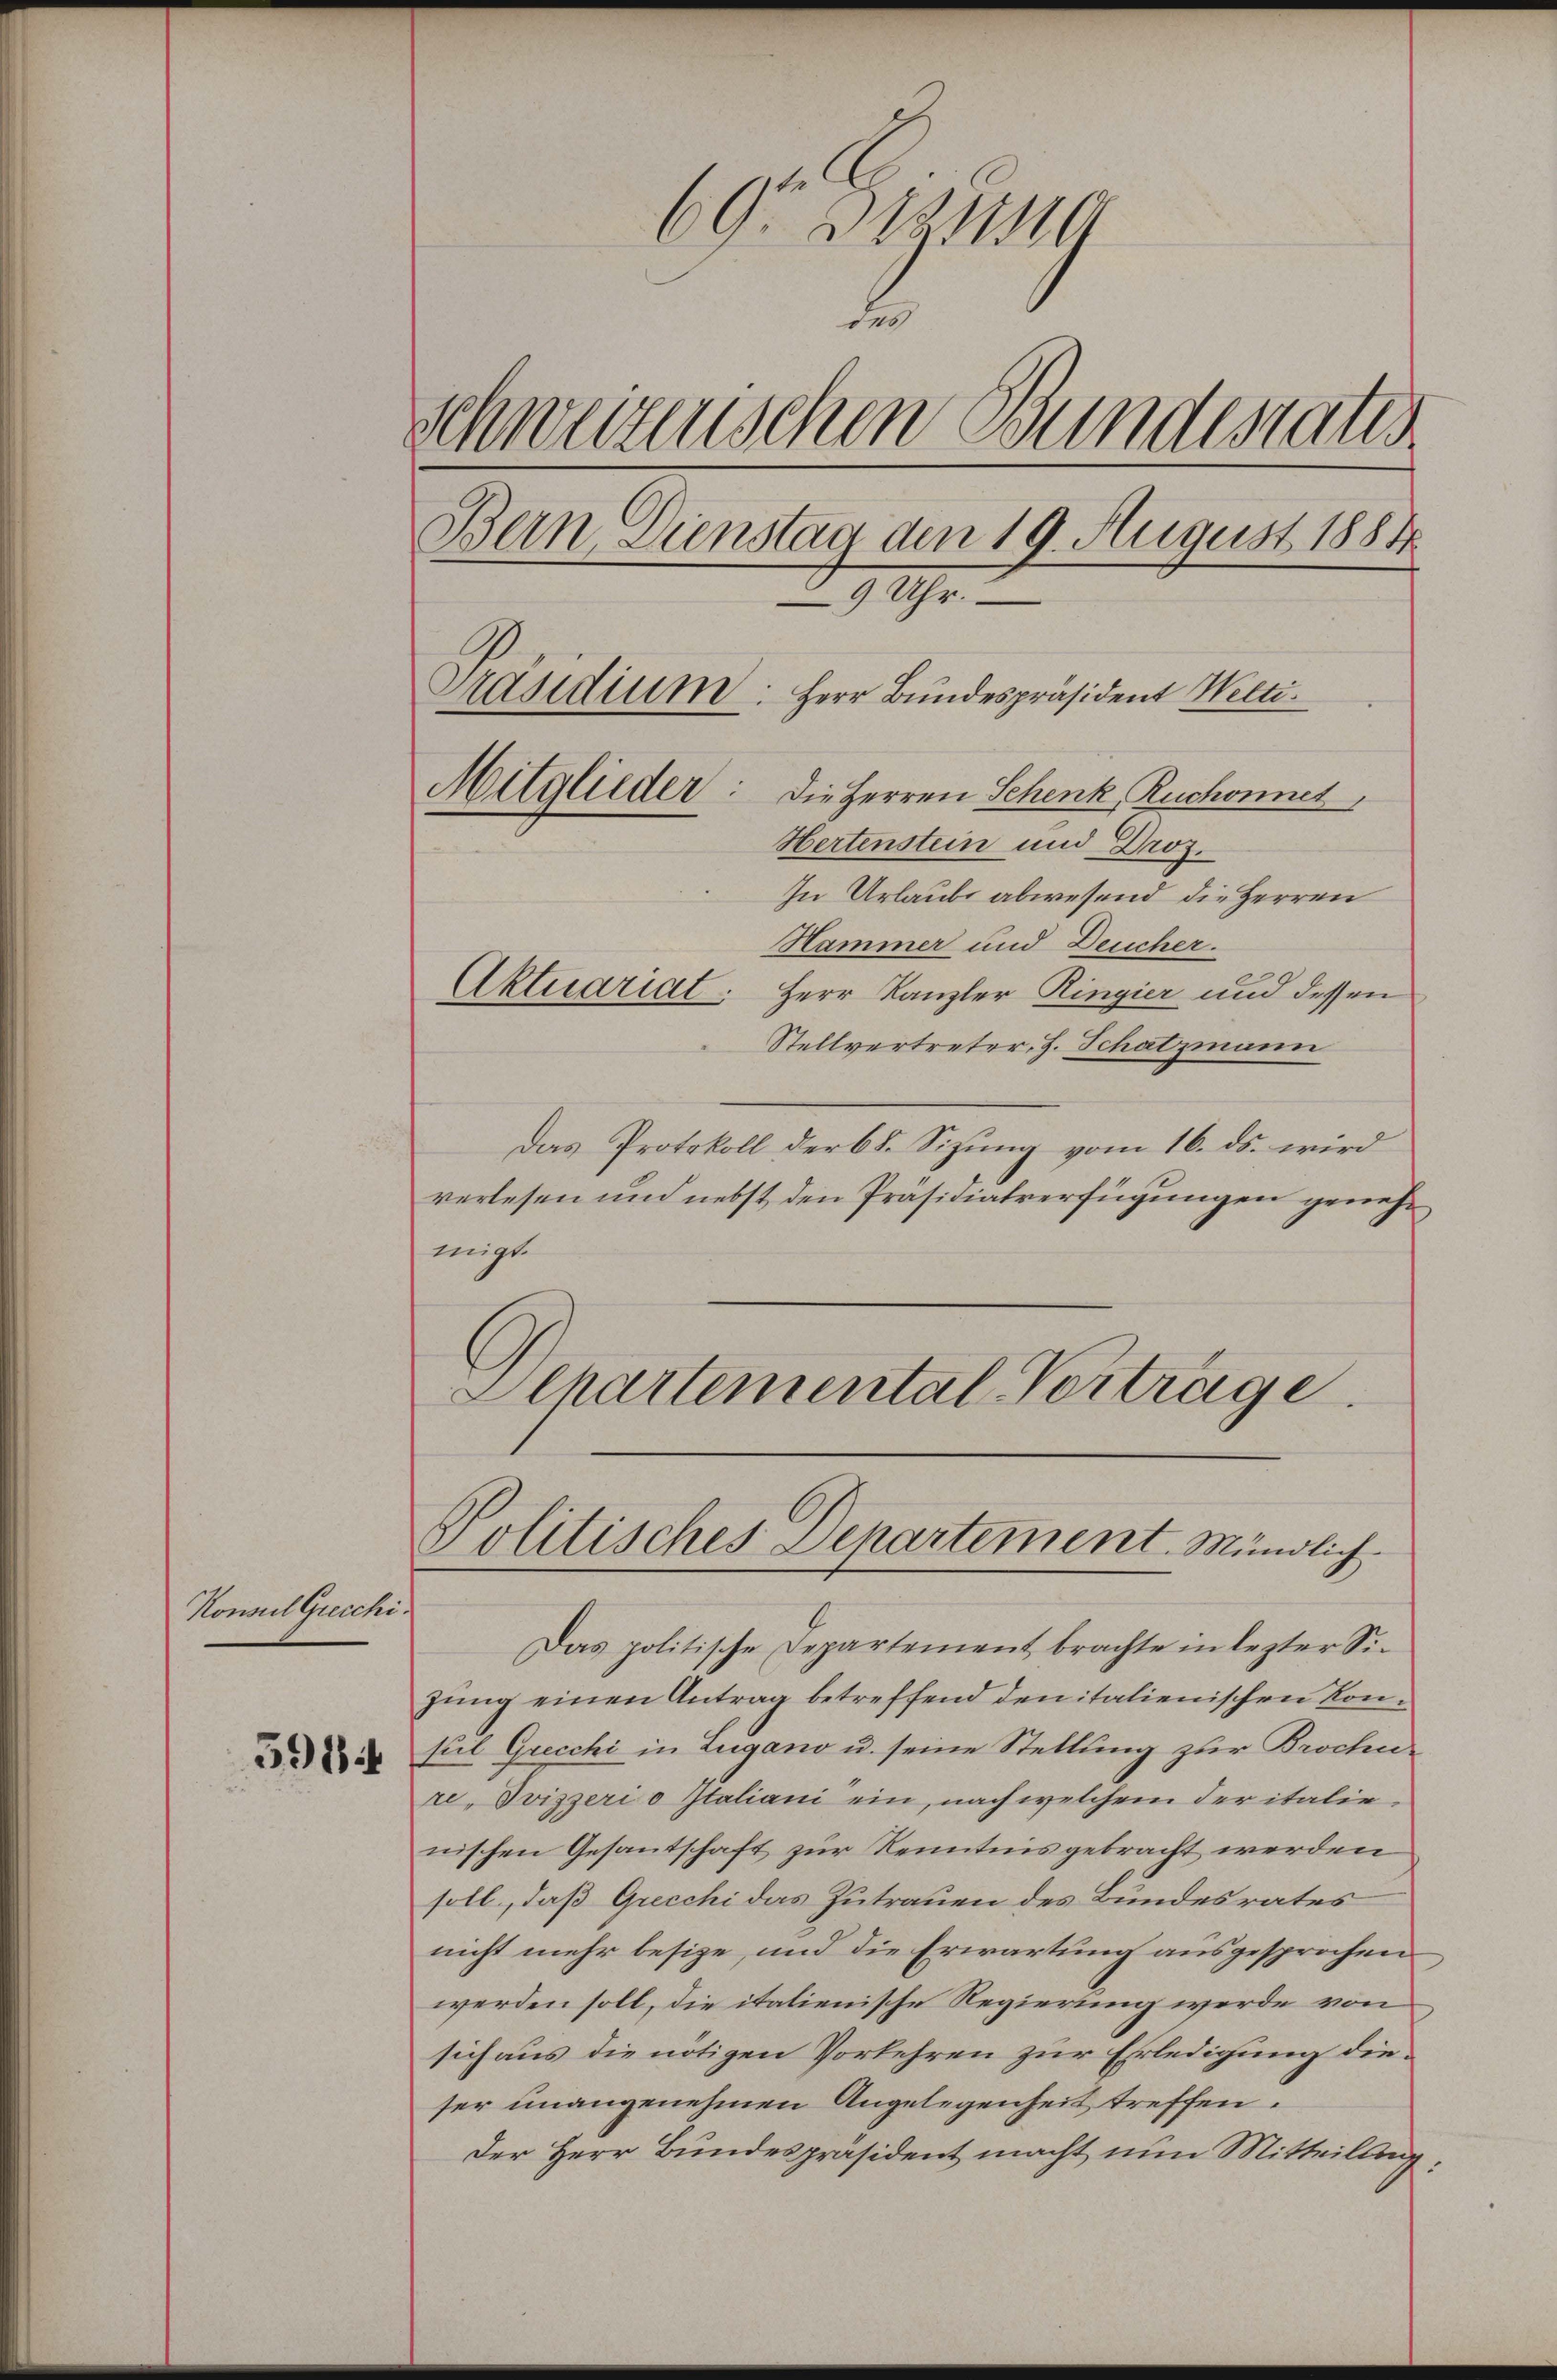
Konnel Grecchi.

591

60° 32211110
d
schweizenschen Bundestatis
Bern Dienstag den 19. August 1884
9 Uhr
Präsidium: Herr Bundespräsident Welti.
Mitglieder: Die Herren Schenk, Ruchonnet,
Hertenstein und Droz.

In Urlaube abwesend die Herren
Hammer und Deucher.
Aktuariat. Herr Kanzler Ringier und dessen
Stellvertreter, H. Schatzmann
Das Protokoll der 68. Sizung vom 16. ds. wird
verlesen und nebst den Präsidialverfügungen genehmigt.
Schartemental Vorträge.

Das politische Departement brachte in lezter Sizung einen Antrag betreffend den italienischen Konseil Grecchi in Lugano u. seine Stellung zur Brochure-Svizzeri o Italiani ein, nach welchem der italie-
nischen Gesantschaft zur Kenntnis gebracht werden
soll, daß Grecchi das Zutrauen des Bundesrates
nicht mehr besize, und die Erwartung ausgesprochen
werden soll, die italienische Regierung werde von
sich aus die nötigen Vorkehren zur Erledigung dieser unangenehmen Angelegenheit treffen.
Der Herr Bundespräsident macht nun Mitteilung:

Politisches Departement. Mündlich